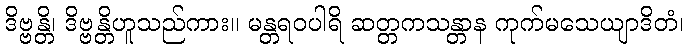
ဒိဗ္ဗန္တိ၊ ဒိဗ္ဗန္တိဟူသည်ကား။ မန္တရဝပါရိ ဆတ္တကသန္တာန ကုက်မသေယျာဒိတံ၊